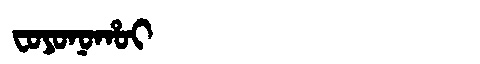
Manchu: ᠸᠣᠶᠣᠨᠣᡥᠣᡳ
Romanization: FOYONOHOI